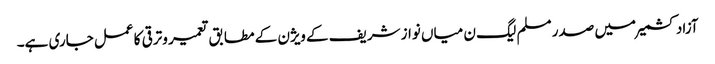
آزاد کشمیر میں صدر مسلم لیگ ن میاں نواز شریف کے ویژن کے مطابق تعمیر وترقی کا عمل جاری ہے۔